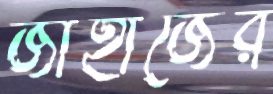
জাহাজের